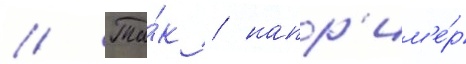
// Та́к / напр'им'е́р